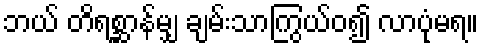
ဘယ် တိရစ္ဆာန်မျှ ချမ်းသာကြွယ်ဝ၍ လာပုံမရ။